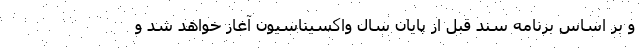
و بر اساس برنامه سند قبل از پایان سال واکسیناسیون آغاز خواهد شد و